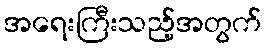
အရေးကြီးသည့်အတွက်